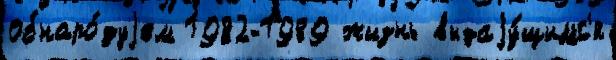
обнаро́дуjем 1982-1989 жизнь выдаjу́щимс'я